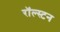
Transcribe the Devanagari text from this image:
रॉल्स्टन